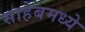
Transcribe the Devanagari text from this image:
साहेबमध्ये